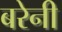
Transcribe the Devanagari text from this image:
बरेनी